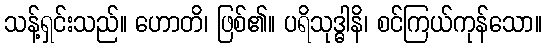
သန့်ရှင်းသည်။ ဟောတိ၊ ဖြစ်၏။ ပရိသုဒ္ဓါနိ၊ စင်ကြယ်ကုန်သော။